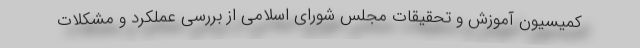
کمیسیون آموزش و تحقیقات مجلس شورای اسلامی از بررسی عملکرد و مشکلات